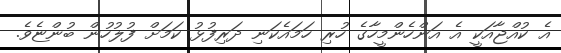
އެ ކުއްޖާއަކީ އެ އަންހެންމީހާގެ ހުރި ހަމައެކަނި ދަރިފުޅު ކަމަށް ފުލުހުން ބުންޏެވެ.